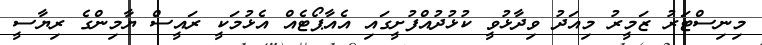
މިނިސްޓަރު ޒަމީރު މިއަދު ވިދާޅުވީ ކުޅުދުއްފުށީގައި އެއާޕޯޓެއް އެޅުމަކީ ރައީސް ޔާމިންގެ ރިޔާސީ